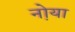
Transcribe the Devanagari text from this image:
नो़या